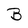
Character: B